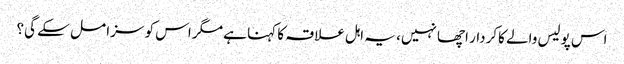
اس پولیس والے کاکردار اچھا نہیں، یہ اہل علاقہ کا کہنا ہے مگر اس کو سزا مل سکے گی؟